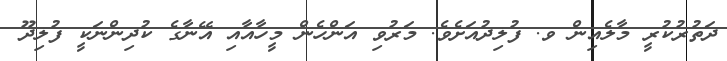
ދަތުރުކުރީ މާލެއިން ވ. ފުލިދުއަށެވެ. މަރުވި އަންހެން މީހާއާއި އޭނާގެ ކުދިންނަކީ ފުލިދޫ